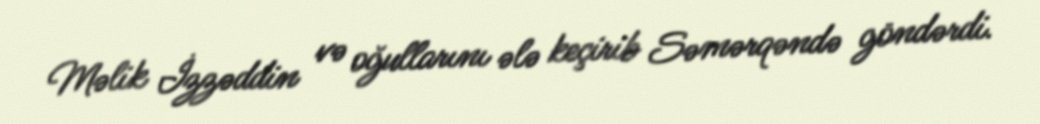
Məlik İzzəddin və oğullarını ələ keçirib Səmərqəndə göndərdi.